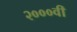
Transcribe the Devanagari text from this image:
२०००वीं